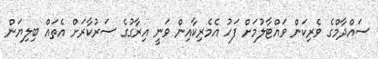
ސައްދާމްގެ ވެރިކަން ވައްޓާލުމަށް ފަހު އެމެރިކާއިން ވަނީ އިރާގުގެ ސަރުކާރަށް އެތައް ބިލިޔަން